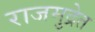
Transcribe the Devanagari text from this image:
राजमुद्रेत